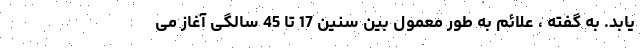
یابد. به گفته ، علائم به طور معمول بین سنین 17 تا 45 سالگی آغاز می